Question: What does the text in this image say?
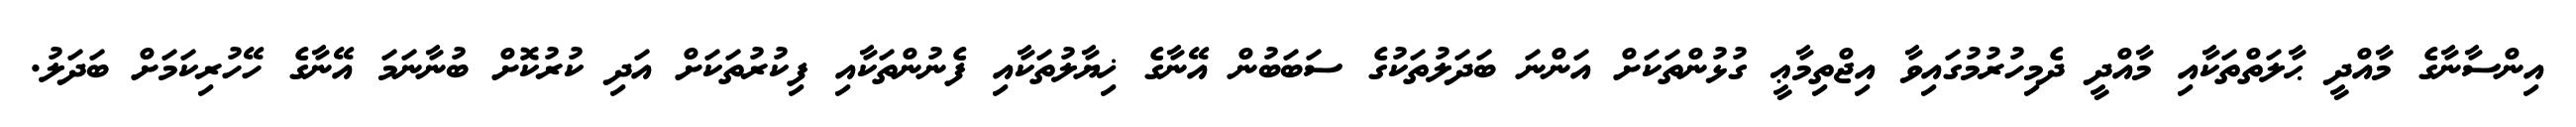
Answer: އިންސާނާގެ މާއްދީ ޙާލަތްތަކާއި މާއްދީ ދެމިހުރުމުގައިވާ އިޖްތިމާޢީ ގުޅުންތަކަށް އަންނަ ބަދަލުތަކުގެ ސަބަބުން އޭނާގެ ޚިޔާލުތަކާއި ފެނުންތަކާއި ފިކުރުތަކަށް އަދި ކުރުކޮށް ބުނާނަމަ އޭނާގެ ހޭހުރިކަމަށް ބަދަލު.